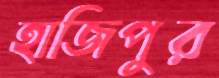
হাজিপুর